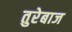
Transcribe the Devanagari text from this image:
तुरेबाज